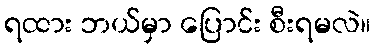
ရထား ဘယ်မှာ ပြောင်း စီးရမလဲ။